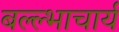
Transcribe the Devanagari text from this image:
बल्ल्भाचार्य